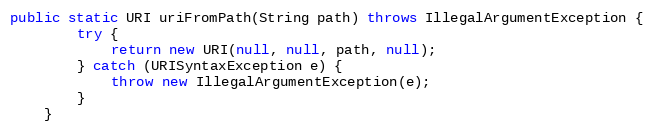
Language: Java
public static URI uriFromPath(String path) throws IllegalArgumentException {
        try {
            return new URI(null, null, path, null);
        } catch (URISyntaxException e) {
            throw new IllegalArgumentException(e);
        }
    }